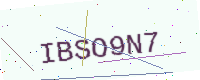
Text: IBSO9N7